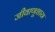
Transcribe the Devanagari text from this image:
जीवाणूशास्त्र